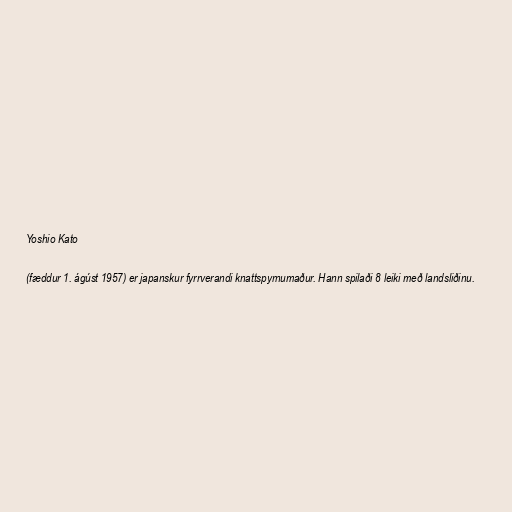
Yoshio Kato

(fæddur 1. ágúst 1957) er japanskur fyrrverandi knattspyrnumaður. Hann spilaði 8 leiki með landsliðinu.